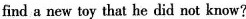
find a new toy that he did not know?